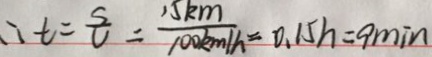
\therefore t = \frac { s } { v } = \frac { 1 5 k m } { 1 0 0 k m / h } = 0 . 1 5 h = 9 \min